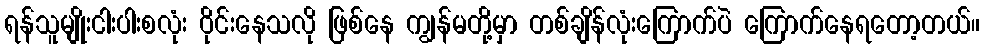
ရန်သူမျိုးငါးပါးစလုံး ဝိုင်းနေသလို ဖြစ်နေ ကျွန်မတို့မှာ တစ်ချိန်လုံးကြောက်ပဲ ကြောက်နေရတော့တယ်။